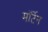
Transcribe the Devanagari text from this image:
मॉर्टेन